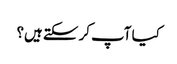
کیا آپ کر سکتے ہیں؟